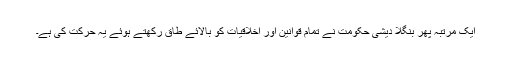
ایک مرتبہ پھر بنگلا دیشی حکومت نے تمام قوانین اور اخلاقیات کو بالائے طاق رکھتے ہوئے یہ حرکت کی ہے۔